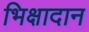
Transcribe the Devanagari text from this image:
भिक्षादान